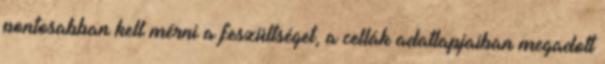
pontosabban kell mérni a feszültséget, a cellák adatlapjaiban megadott